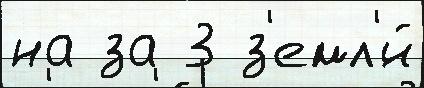
на за 3 з'емл'́й